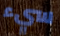
سيء